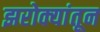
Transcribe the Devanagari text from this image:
झरोक्यांतून